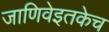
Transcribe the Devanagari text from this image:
जाणिवेइतकेच